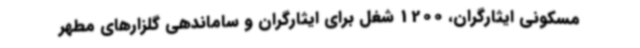
مسکونی ایثارگران، 1200 شغل برای ایثارگران و ساماندهی گلزارهای مطهر